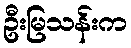
ဦးမြသန်းက